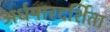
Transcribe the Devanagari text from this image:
अर्धपारदर्शिता